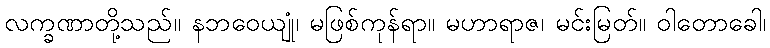
လက္ခဏာတို့သည်။ နဘဝေယျုံ၊ မဖြစ်ကုန်ရာ။ မဟာရာဇ၊ မင်းမြတ်။ ဝါတောခေါ၊